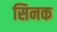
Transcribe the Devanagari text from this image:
सिनक